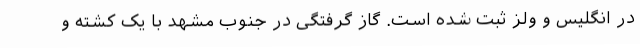
در انگلیس و ولز ثبت شده است. گاز گرفتگی در جنوب مشهد با یک کشته و